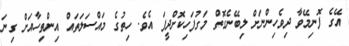
އޭގެ ފޮނިމޭވާ ދިވެހިންނަށް ލިބޭނެގޮތް މަގުފަހިކޮށްދީފަ އެވެ. ހިތުގެ މައްސަލަތައް އިންތިހާއަށް ގިނަ